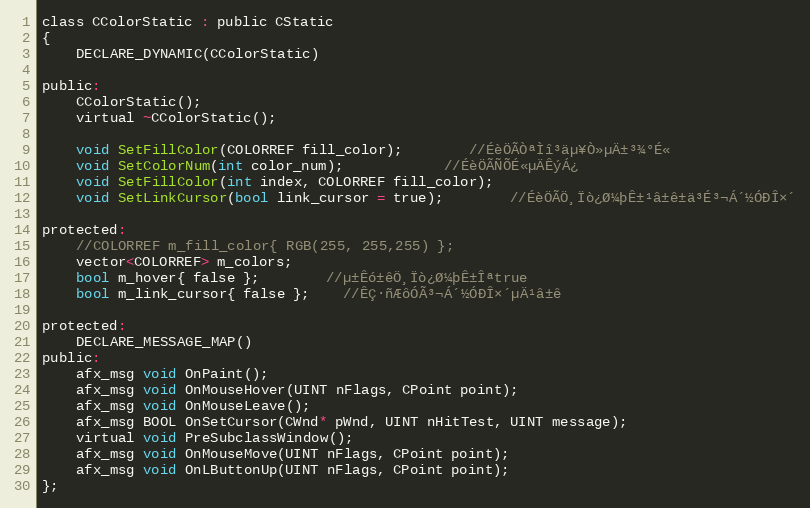
Language: C
class CColorStatic : public CStatic
{
	DECLARE_DYNAMIC(CColorStatic)

public:
	CColorStatic();
	virtual ~CColorStatic();

	void SetFillColor(COLORREF fill_color);		//ÉèÖÃÒªÌî³äµ¥Ò»µÄ±³¾°É«
	void SetColorNum(int color_num);			//ÉèÖÃÑÕÉ«µÄÊýÁ¿
	void SetFillColor(int index, COLORREF fill_color);
	void SetLinkCursor(bool link_cursor = true);		//ÉèÖÃÖ¸Ïò¿Ø¼þÊ±¹â±ê±ä³É³¬Á´½ÓÐÎ×´

protected:
	//COLORREF m_fill_color{ RGB(255, 255,255) };
	vector<COLORREF> m_colors;
	bool m_hover{ false };		//µ±Êó±êÖ¸Ïò¿Ø¼þÊ±Îªtrue
	bool m_link_cursor{ false };	//ÊÇ·ñÆôÓÃ³¬Á´½ÓÐÎ×´µÄ¹â±ê

protected:
	DECLARE_MESSAGE_MAP()
public:
	afx_msg void OnPaint();
	afx_msg void OnMouseHover(UINT nFlags, CPoint point);
	afx_msg void OnMouseLeave();
	afx_msg BOOL OnSetCursor(CWnd* pWnd, UINT nHitTest, UINT message);
	virtual void PreSubclassWindow();
	afx_msg void OnMouseMove(UINT nFlags, CPoint point);
	afx_msg void OnLButtonUp(UINT nFlags, CPoint point);
};